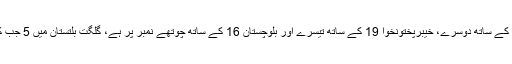
کورونا کیسز کے سب سے زیادہ کیس صوبہ سندھ میں 181 رپورٹ ہوئے جب کہ پنجاب 23 کیسز کے ساتھ دوسرے، خیبرپختونخوا 19 کے ساتھ تیسرے اور بلوچستان 16 کے ساتھ چوتھے نمبر پر ہے، گلگت بلتستان میں 5 جب کہ اسلام آباد میں 2 کیسز سامنے آئے ہیں، تاہم تاحال آزاد کشمیر سے کوئی بھی کیس سامنے نہیں آیا۔